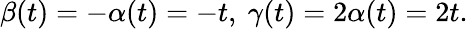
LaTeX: \beta(t)=-\alpha(t)=-t,\ \gamma(t)=2\alpha(t)=2t.